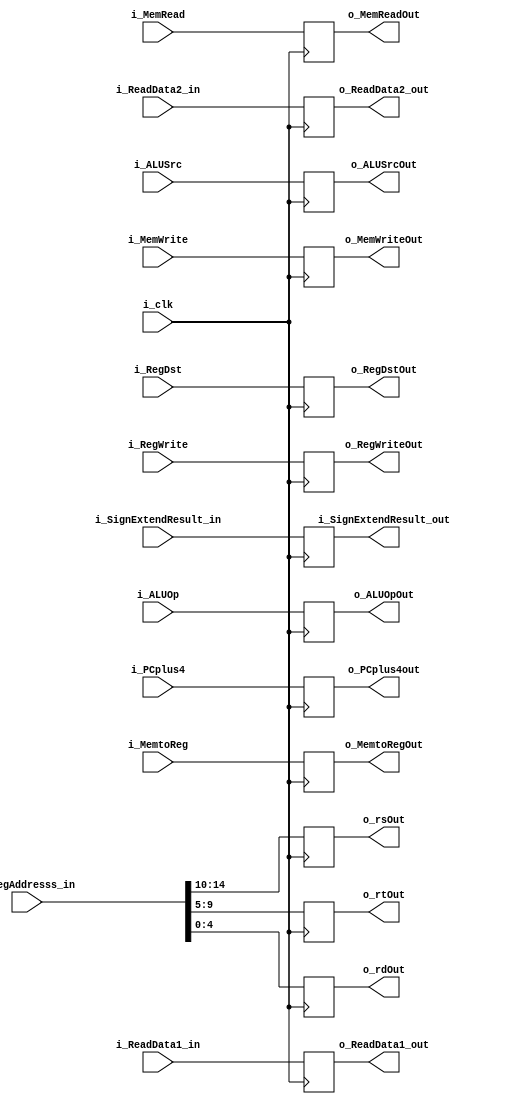
module ID_EX_reg (i_clk,i_RegWrite, i_MemtoReg, i_MemWrite, i_MemRead,i_ALUSrc, i_ALUOp, 
					i_RegDst, i_PCplus4 ,i_ReadData1_in ,i_ReadData2_in,i_SignExtendResult_in,
					i_regAddresss_in ,o_PCplus4out ,o_ReadData1_out ,o_ReadData2_out ,i_SignExtendResult_out, 
					o_rsOut ,o_rtOut ,o_rdOut, o_RegWriteOut,o_MemtoRegOut,o_MemWriteOut, 
					o_MemReadOut,o_ALUSrcOut, o_ALUOpOut, o_RegDstOut);

input wire i_RegWrite, i_MemtoReg;
input wire i_MemWrite, i_MemRead; 
input wire i_ALUSrc, i_RegDst;
input wire [3:0] i_ALUOp;
input wire [31:0] i_PCplus4 ,i_ReadData1_in ,i_ReadData2_in ,i_SignExtendResult_in;
input wire [14:0] i_regAddresss_in;
input wire i_clk;



output reg o_RegWriteOut, o_MemtoRegOut;
output reg o_MemWriteOut, o_MemReadOut;
output reg o_ALUSrcOut, o_RegDstOut;
output reg [3:0] o_ALUOpOut;
output reg [31:0] o_PCplus4out ,o_ReadData1_out ,o_ReadData2_out ,i_SignExtendResult_out;
output reg [4:0] o_rsOut ,o_rtOut ,o_rdOut;


always @(posedge i_clk)
 begin
	o_PCplus4out <= i_PCplus4;
	o_ReadData1_out <= i_ReadData1_in;
	o_ReadData2_out <= i_ReadData2_in;
	i_SignExtendResult_out <= i_SignExtendResult_in;
	o_rsOut <= i_regAddresss_in[14:10];
	o_rtOut <= i_regAddresss_in[9:5];
	o_rdOut <= i_regAddresss_in[4:0];
	o_RegWriteOut <= i_RegWrite;
	o_MemtoRegOut <= i_MemtoReg;
	o_MemWriteOut <= i_MemWrite;
	o_MemReadOut <= i_MemRead;
	o_ALUSrcOut <= i_ALUSrc;
	o_ALUOpOut <= i_ALUOp;
	o_RegDstOut <= i_RegDst;
 end

endmodule